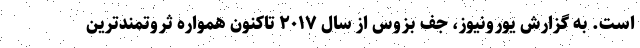
است. به گزارش یورونیوز، جف بزوس از سال ۲۰۱۷ تاکنون همواره ثروتمندترین